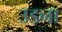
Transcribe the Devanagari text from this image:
उडना